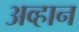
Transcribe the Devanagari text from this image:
अव्हान